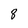
Character: 8